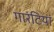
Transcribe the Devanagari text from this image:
गारंटियां